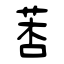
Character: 莕